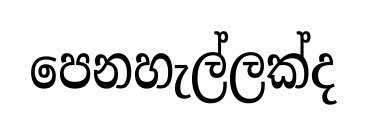
පෙනහැල්ලක්ද